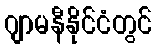
ဂျာမနီနိုင်ငံတွင်